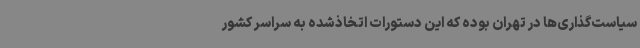
سیاست‌گذاری‌ها در تهران بوده که این دستورات اتخاذشده به سراسر کشور